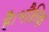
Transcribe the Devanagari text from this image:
है।भौतिक